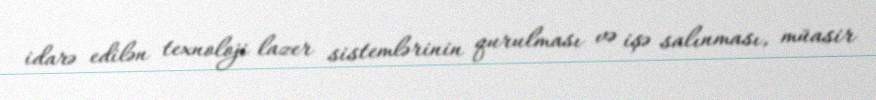
idarə edilən texnoloji lazer sistemlərinin qurulması və işə salınması, müasir